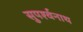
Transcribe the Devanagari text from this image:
सुपर्श्‍वनाथ